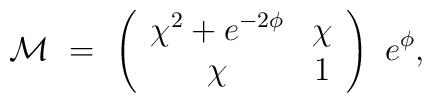
{\cal M}\,\, = \,\, \left(\begin{array}{cc}\chi^2 + e^{- 2{\phi}}&  \chi \\ \chi  &  1\end{array}\right)\,\,e^{{\phi}},